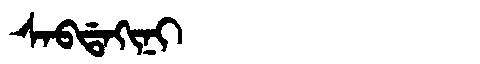
Manchu: ᠰᠠᠪᡩᠠᡴᡳᠨᡳ
Romanization: SABDAKINI